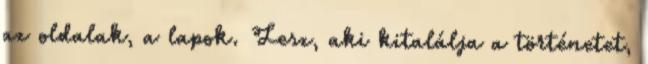
az oldalak, a lapok. Lesz, aki kitalálja a történetet,